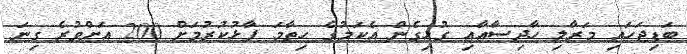
ބަޑިޖަހައި މަރާލި ހާދިސާއާއި ގުޅިގެން އެކަމުގެ ހިތާމަ ފާޅުކުރުމަށް 200 އަށްވުރެ ގިނަ